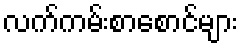
လက်ကမ်းစာစောင်များ